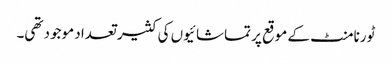
ٹورنامنٹ کے موقع پر تماشائیوں کی کثیر تعداد موجود تھی۔